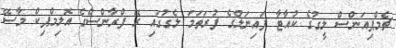
ޗެމްޕިއަންސް ލީގުގެ ކުއާޓާ ފައިނަލްގެ ފުރަތަމަ ލެގުގައި ރޭ ފްރާންސްގެ އޮލިމްޕިކް މާސޭ